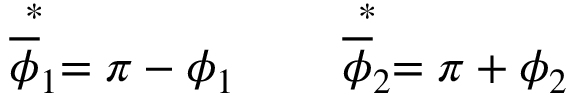
\stackrel { * } { \overline { { \phi } } _ { 1 } } = \pi - \phi _ { 1 } \qquad \stackrel { * } { \overline { { \phi } } _ { 2 } } = \pi + \phi _ { 2 }